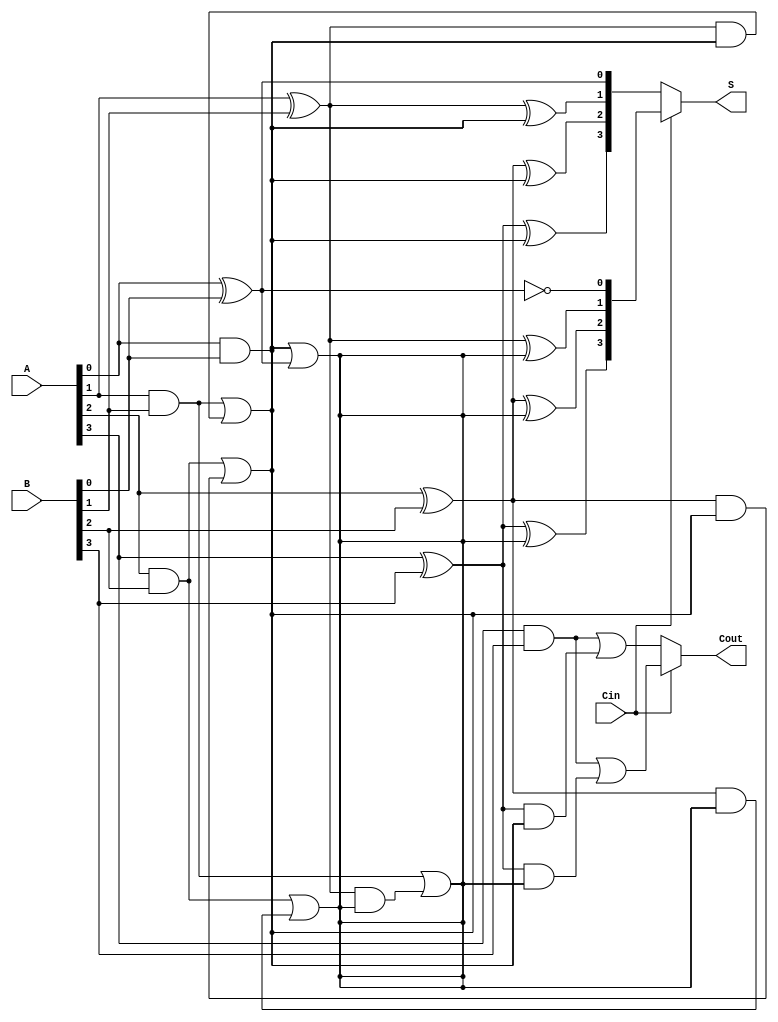
module CCSA_4bit (
    input [3:0] A,      // First n-bit input
    input [3:0] B,      // Second n-bit input
    input Cin,          // Carry-in signal
    output [3:0] S,     // Sum output
    output Cout         // Carry-out signal
);

    wire [3:0] S0, S1;  // Sum outputs for Cin = 0 and Cin = 1
    wire C0, C1;        // Carry outputs for Cin = 0 and Cin = 1

    // Level 1: Compute sums and carries for both Cin = 0 and Cin = 1
    // Segment 0
    assign S0[0] = A[0] ^ B[0] ^ 0;    // S0 for Cin = 0
    assign C0 = (A[0] & B[0]) | ((A[0] ^ B[0]) & 0); // Carry for Cin = 0

    assign S1[0] = A[0] ^ B[0] ^ 1;    // S1 for Cin = 1
    assign C1 = (A[0] & B[0]) | ((A[0] ^ B[0]) & 1); // Carry for Cin = 1

    // Segment 1
    assign S0[1] = A[1] ^ B[1] ^ C0;   // S0 for Cin = 0
    assign C0 = (A[1] & B[1]) | ((A[1] ^ B[1]) & C0); // Carry for Cin = 0

    assign S1[1] = A[1] ^ B[1] ^ C1;   // S1 for Cin = 1
    assign C1 = (A[1] & B[1]) | ((A[1] ^ B[1]) & C1); // Carry for Cin = 1

    // Segment 2
    assign S0[2] = A[2] ^ B[2] ^ C0;   // S0 for Cin = 0
    assign C0 = (A[2] & B[2]) | ((A[2] ^ B[2]) & C0); // Carry for Cin = 0

    assign S1[2] = A[2] ^ B[2] ^ C1;   // S1 for Cin = 1
    assign C1 = (A[2] & B[2]) | ((A[2] ^ B[2]) & C1); // Carry for Cin = 1

    // Segment 3
    assign S0[3] = A[3] ^ B[3] ^ C0;   // S0 for Cin = 0
    assign Cout0 = (A[3] & B[3]) | ((A[3] ^ B[3]) & C0); // Carry for Cin = 0

    assign S1[3] = A[3] ^ B[3] ^ C1;   // S1 for Cin = 1
    assign Cout1 = (A[3] & B[3]) | ((A[3] ^ B[3]) & C1); // Carry for Cin = 1

    // Level 2: Select final sum and carry based on Cin
    assign S = Cin ? S1 : S0;          // Select the sum based on Cin
    assign Cout = Cin ? Cout1 : Cout0; // Select the carry based on Cin

endmodule